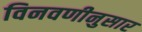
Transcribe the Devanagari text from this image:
विनवणीनुसार